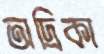
অদ্রিকা